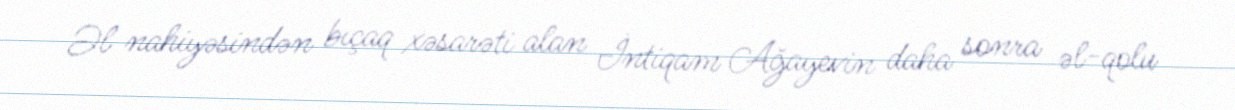
Əl nahiyəsindən bıçaq xəsarəti alan İntiqam Ağayevin daha sonra əl-qolu